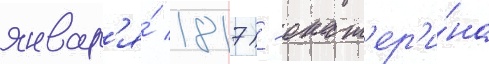
январ'я́ 1817) - екат'ер'и́на